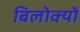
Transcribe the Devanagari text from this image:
बिलोक्यों